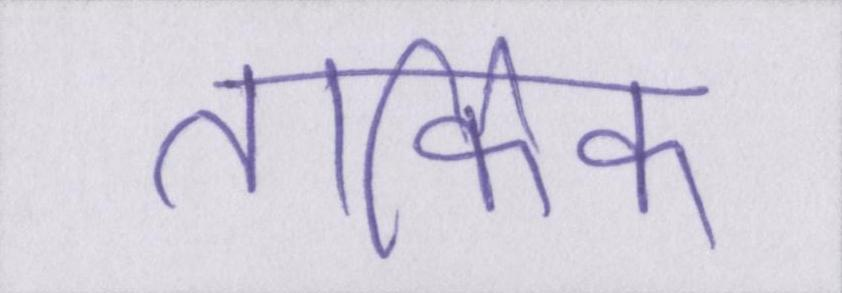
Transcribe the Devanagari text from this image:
तार्किक